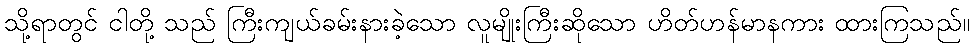
သို့ရာတွင် ငါတို့ သည် ကြီးကျယ်ခမ်းနားခဲ့သော လူမျိုးကြီးဆိုသော ဟိတ်ဟန်မာနကား ထားကြသည်။